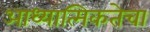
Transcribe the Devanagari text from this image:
आध्यात्मिकतेचा